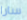
سارا